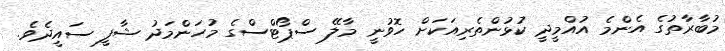
މުބާރާތުގެ އެންމެ އުއްމީދީ ކުޅުންތެރިއަކަށް ހޮވުނީ މާލޭ ސްޕޯޓްސްގެ މުހަންމަދު ޝާފީ ސައީދެވެ.